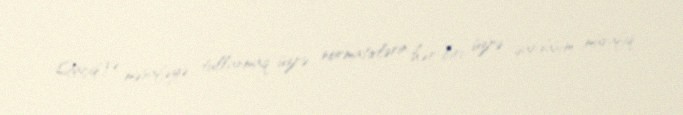
Qaçış və məsafəyə tullanmaq üzrə normativlərin hər biri üzrə qardaşım müvafiq